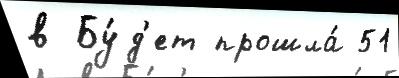
в Бу́д'ет прошла́ 51